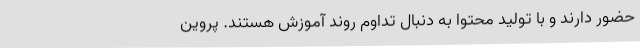
حضور دارند و با تولید محتوا به دنبال تداوم روند آموزش هستند. پروین